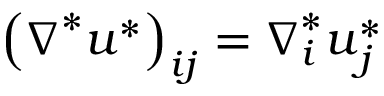
{ \left( \boldsymbol { \nabla } ^ { * } \boldsymbol { u } ^ { * } \right) } _ { i j } = \boldsymbol { \nabla } _ { i } ^ { * } \boldsymbol { u } _ { j } ^ { * }